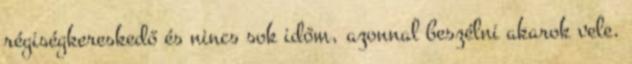
régiségkereskedő és nincs sok időm, azonnal beszélni akarok vele.